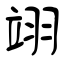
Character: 翊